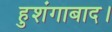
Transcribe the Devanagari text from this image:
हुशंगाबाद।